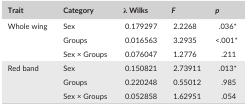
<table><thead><tr><td><b>Trait</b></td><td><b>Category</b></td><td><b>λ Wilks</b></td><td><b><i>F</i></b></td><td><b><i>p</i></b></td></tr></thead><tbody><tr><td rowspan="3">Whole wing</td><td>Sex</td><td>0.179297</td><td>2.2268</td><td>.036*</td></tr><tr><td>Groups</td><td>0.016563</td><td>3.2935</td><td>&lt;.001*</td></tr><tr><td>Sex × Groups</td><td>0.076047</td><td>1.2776</td><td>.211</td></tr><tr><td rowspan="3">Red band</td><td>Sex</td><td>0.150821</td><td>2.73911</td><td>.013*</td></tr><tr><td>Groups</td><td>0.220248</td><td>0.55012</td><td>.985</td></tr><tr><td>Sex × Groups</td><td>0.052858</td><td>1.62951</td><td>.054</td></tr></tbody></table>